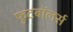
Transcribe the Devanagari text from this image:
फुटबॉलर्स